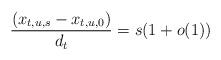
LaTeX: \begin{align*}\frac{(x_{t,u,s} - x_{t,u,0})}{d_t} = s(1+o(1))\end{align*}